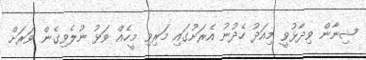
ޝިނާން ވިދާޅުވީ މިއަދު ހެދުނު އެރަށުގައި މަރިވި މީހެއް ވަޅު ނުލެވިގެން ވަރަށް